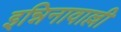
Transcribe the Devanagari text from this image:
इन्निनावाल्ली